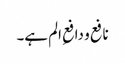
نافع و دافعِ الم ہے۔